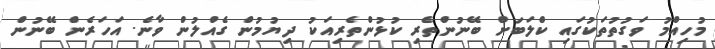
މުހިއްމު ވަގުތުތަކުގައި ކްލަބަށް ބޭނުންތެރި ކުޅުންތެރިއަކު ދިޔުމުން ގެއްލުން ވާނެ. އަހަރެން ބޭނުން